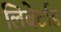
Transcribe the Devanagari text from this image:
लिबेर्टाड